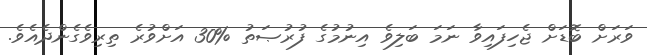
ވަރަށް ބޮޑަށް ޖެހިފައިވާ ނަމަ ބަލިވެ އިނުމުގެ ފުރުޞަތު %30 އަށްވުރެ ތިރިވެގެންދެއެވެ.